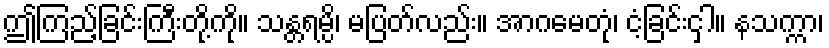
ဤကြည့်ခြင်းကြီးတို့ကို။ သန္တရမ္ပိ၊ မပြတ်လည်း။ အာဂမေတုံ၊ ငံ့ခြင်းငှါ။ နသက္ကာ၊